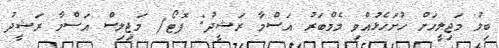
ބިލު މަޖިލީހަށް ހުށަހެޅުއްވި މެމްބަރު އަސްމާ ރަޝީދު: ފޮޓޯ/ މަޖިލިސް އަސްމާ ރަޝީދު